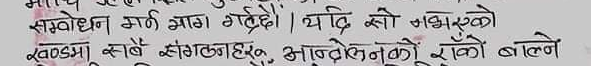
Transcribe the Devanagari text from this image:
सम्बोधन गर्न भाग गर्दछन्। यदि सो नभाएको
खण्डमा सबै संगठनहरू आपसीलेनदेनको सुको बाल्ने